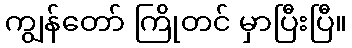
ကျွန်တော် ကြိုတင် မှာပြီးပြီ။